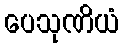
ပေသုဏိယံ